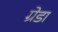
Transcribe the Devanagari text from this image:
ग्रेडा